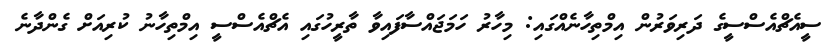
ސީއެޗްއެސްސީގެ ދަރިވަރުން އިމްތިހާނެއްގައި: މިހާރު ހަމަޖައްސާފައިވާ ތާރީހުގައި އެޗްއެސްސީ އިމްތިހާނު ކުރިއަށް ގެންދާނެ